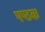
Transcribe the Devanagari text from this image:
षष्ठक